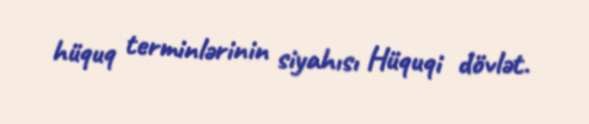
hüquq terminlərinin siyahısı Hüquqi dövlət.